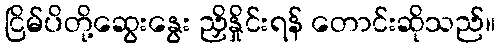
ငြိမ်ပိတို့ဆွေးနွေး ညှိနှိုင်းရန် တောင်းဆိုသည်။